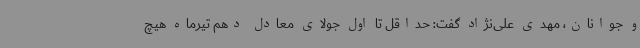
و جوانان، مهدی علی‌نژاد گفت: حداقل تا اول جولای معادل دهم تیرماه هیچ